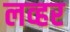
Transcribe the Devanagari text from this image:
लव्हर